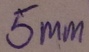
Text: 5mm